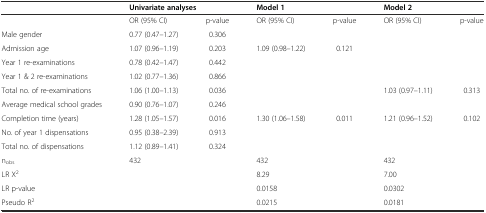
|  | <COLSPAN=2> Univariate analyses | <COLSPAN=2> Model 1 | <COLSPAN=2> Model 2 |
 | --- | --- | --- | --- | --- | --- | --- |
 |  | OR (95% CI) | p-value | OR (95% CI) | p-value | OR (95% CI) | p-value |
 | Male gender | 0.77 (0.47–1.27) | 0.306 |  |  |  |  |
 | Admission age | 1.07 (0.96–1.19) | 0.203 | 1.09 (0.98–1.22) | 0.121 |  |  |
 | Year 1 re-examinations | 0.78 (0.42–1.47) | 0.442 |  |  |  |  |
 | Year 1 & 2 re-examinations | 1.02 (0.77–1.36) | 0.866 |  |  |  |  |
 | Total no. of re-examinations | 1.06 (1.00–1.13) | 0.036 |  |  | 1.03 (0.97–1.11) | 0.313 |
 | Average medical school grades | 0.90 (0.76–1.07) | 0.246 |  |  |  |  |
 | Completion time (years) | 1.28 (1.05–1.57) | 0.016 | 1.30 (1.06–1.58) | 0.011 | 1.21 (0.96–1.52) | 0.102 |
 | No. of year 1 dispensations | 0.95 (0.38–2.39) | 0.913 |  |  |  |  |
 | Total no. of dispensations | 1.12 (0.89–1.41) | 0.324 |  |  |  |  |
 | nobs | <COLSPAN=2> 432 | <COLSPAN=2> 432 | <COLSPAN=2> 432 |
 | LR Χ2 | <COLSPAN=2>  | <COLSPAN=2> 8.29 | <COLSPAN=2> 7.00 |
 | LR p-value | <COLSPAN=2>  | <COLSPAN=2> 0.0158 | <COLSPAN=2> 0.0302 |
 | Pseudo R2 | <COLSPAN=2>  | <COLSPAN=2> 0.0215 | <COLSPAN=2> 0.0181 |